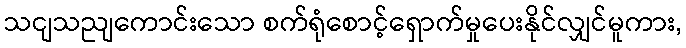
သငျသညျကောင်းသော စက်ရုံစောင့်ရှောက်မှုပေးနိုင်လျှင်မူကား,